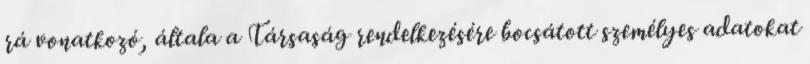
rá vonatkozó, általa a Társaság rendelkezésére bocsátott személyes adatokat